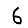
Digit: 6